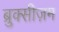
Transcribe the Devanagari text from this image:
ब्रुक्सीज़म